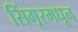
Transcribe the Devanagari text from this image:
सिंगूरमधून